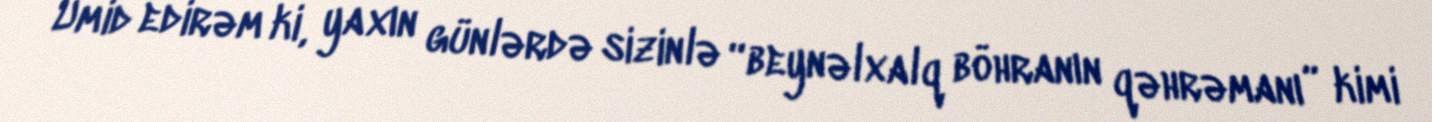
Ümid edirəm ki, yaxın günlərdə sizinlə “beynəlxalq böhranın qəhrəmanı” kimi